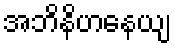
အဘိနိဟနေယျ